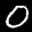
Label: 0